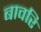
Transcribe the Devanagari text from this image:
बावरि